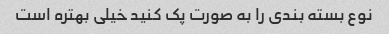
نوع بسته بندی را به صورت پک کنید خیلی بهتره است